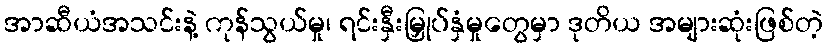
အာဆီယံအသင်းနဲ့ ကုန်သွယ်မှု၊ ရင်းနှီးမြှုပ်နှံမှုတွေမှာ ဒုတိယ အများဆုံးဖြစ်တဲ့